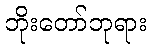
ဘိုးတော်ဘုရား